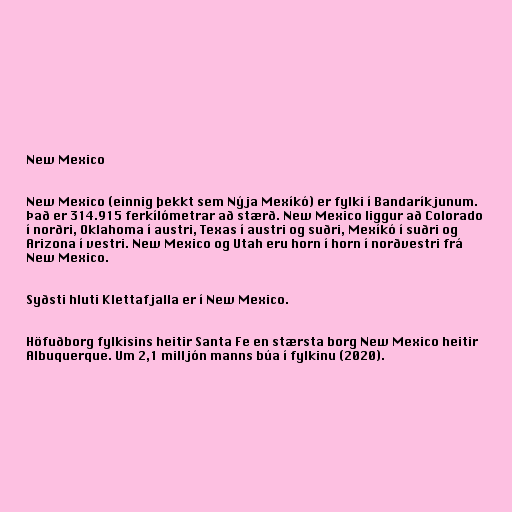
New Mexico

New Mexico (einnig þekkt sem Nýja Mexíkó) er fylki í Bandaríkjunum.
Það er 314.915 ferkílómetrar að stærð. New Mexico liggur að Colorado
í norðri, Oklahoma í austri, Texas í austri og suðri, Mexíkó í suðri og
Arizona í vestri. New Mexico og Utah eru horn í horn í norðvestri frá
New Mexico.

Syðsti hluti Klettafjalla er í New Mexico.

Höfuðborg fylkisins heitir Santa Fe en stærsta borg New Mexico heitir
Albuquerque. Um 2,1 milljón manns búa í fylkinu (2020).